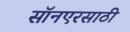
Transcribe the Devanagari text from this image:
सॉनएरसाठी